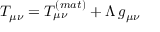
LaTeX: T _ { \mu \nu } = T _ { \mu \nu } ^ { ( m a t ) } + \Lambda \, g _ { \mu \nu }